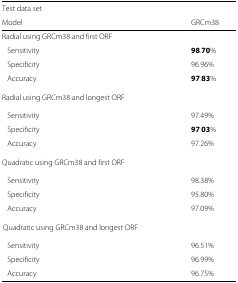
<table><thead><tr><td><b>Test data set</b></td><td></td></tr><tr><td><b>Model</b></td><td><b>GRCm38</b></td></tr></thead><tbody><tr><td colspan="2">Radial using GRCm38 and first ORF</td></tr><tr><td>Sensitivity</td><td><b>9</b><b>8</b><b>.</b><b>7</b><b>0</b><b>%</b></td></tr><tr><td>Specificity</td><td>96.96<i>%</i></td></tr><tr><td>Accuracy</td><td><b>9</b><b>7</b><b>.</b><b>8</b><b>3</b><b>%</b></td></tr><tr><td colspan="2">Radial using GRCm38 and longest ORF</td></tr><tr><td>Sensitivity</td><td>97.49<i>%</i></td></tr><tr><td>Specificity</td><td><b>9</b><b>7</b><b>.</b><b>0</b><b>3</b><b>%</b></td></tr><tr><td>Accuracy</td><td>97.26<i>%</i></td></tr><tr><td colspan="2">Quadratic using GRCm38 and first ORF</td></tr><tr><td>Sensitivity</td><td>98.38<i>%</i></td></tr><tr><td>Specificity</td><td>95.80<i>%</i></td></tr><tr><td>Accuracy</td><td>97.09<i>%</i></td></tr><tr><td colspan="2">Quadratic using GRCm38 and longest ORF</td></tr><tr><td>Sensitivity</td><td>96.51<i>%</i></td></tr><tr><td>Specificity</td><td>96.99<i>%</i></td></tr><tr><td>Accuracy</td><td>96.75<i>%</i></td></tr></tbody></table>